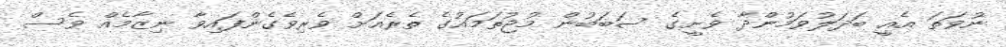
ނުވަތަ އެއީ ބަދަލުވަމުންދާ ވެށީގެ ސަބަބުން މުޖުތަމައުގެ ތެރެއަށް ވެރިވެގެންފައިވާ ނިޒާމެއް ވެސް